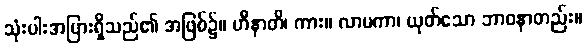
သုံးပါးအပြားရှိသည်၏ အဖြစ်၌။ ဟီနာတိ၊ ကား။ လာမကာ၊ ယုတ်သော ဘာဝနာတည်း။